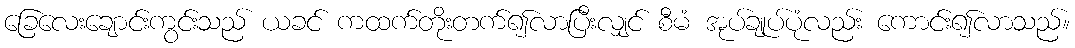
ခြေလေးချောင်းကွင်းသည် ယခင် ကထက်တိုးတက်၍လာပြီးလျှင် စီမံ အုပ်ချုပ်ပုံလည်း ကောင်း၍လာသည်။